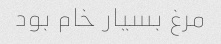
مرغ بسیار خام بود